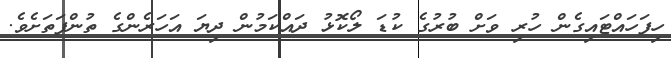
ހިފަހައްޓައިގެން ހުރި ވަށް ބުރުގެ ކުޑަ ލޯކޮޅު ދައްކަމުން ދިޔަ އަހަރެންގެ ތުންފަތަށެވެ.